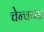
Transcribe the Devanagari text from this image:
चेन्चय्या